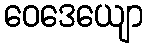
ဝေဒေယျော